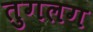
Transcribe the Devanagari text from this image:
तुगलग